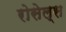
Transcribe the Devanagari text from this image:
रोसेल्स